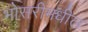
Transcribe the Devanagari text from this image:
भोसरीमधील